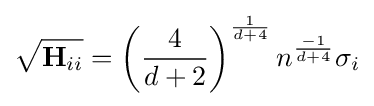
{\sqrt {\mathbf {H} _{ii}}}=\left({\frac {4}{d+2}}\right)^{\frac {1}{d+4}}n^{\frac {-1}{d+4}}\sigma _{i}